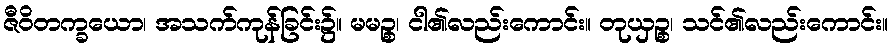
ဇီဝိတက္ခယော၊ အသက်ကုန်ခြင်း၌။ မမဉ္စ၊ ငါ၏လည်းကောင်း။ တုယှဉ္စ၊ သင်၏လည်းကောင်း။